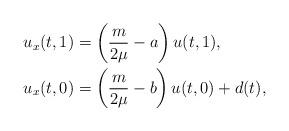
LaTeX: \begin{align*} u_x(t,1)&=\left(\frac{m}{2\mu}-a\right)u(t,1),\\ u_x(t,0)&=\left(\frac{m}{2\mu}-b\right)u(t,0)+d(t),\end{align*}